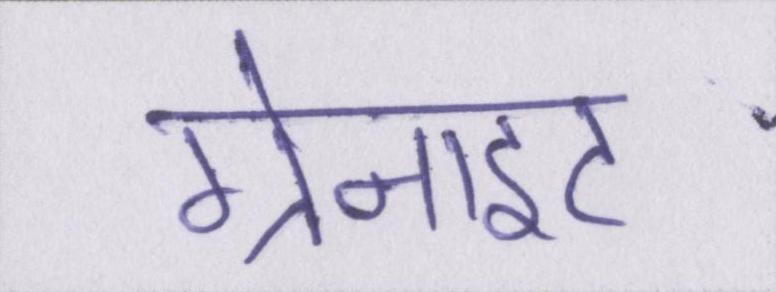
ग्रेनाइट